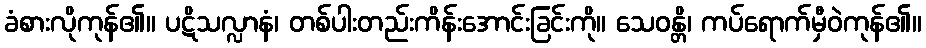
ခံစားလိုကုန်၏။ ပဋိသလ္လာနံ၊ တစ်ပါးတည်းကိန်းအောင်းခြင်းကို။ သေဝန္တိ၊ ကပ်ရောက်မှီဝဲကုန်၏။